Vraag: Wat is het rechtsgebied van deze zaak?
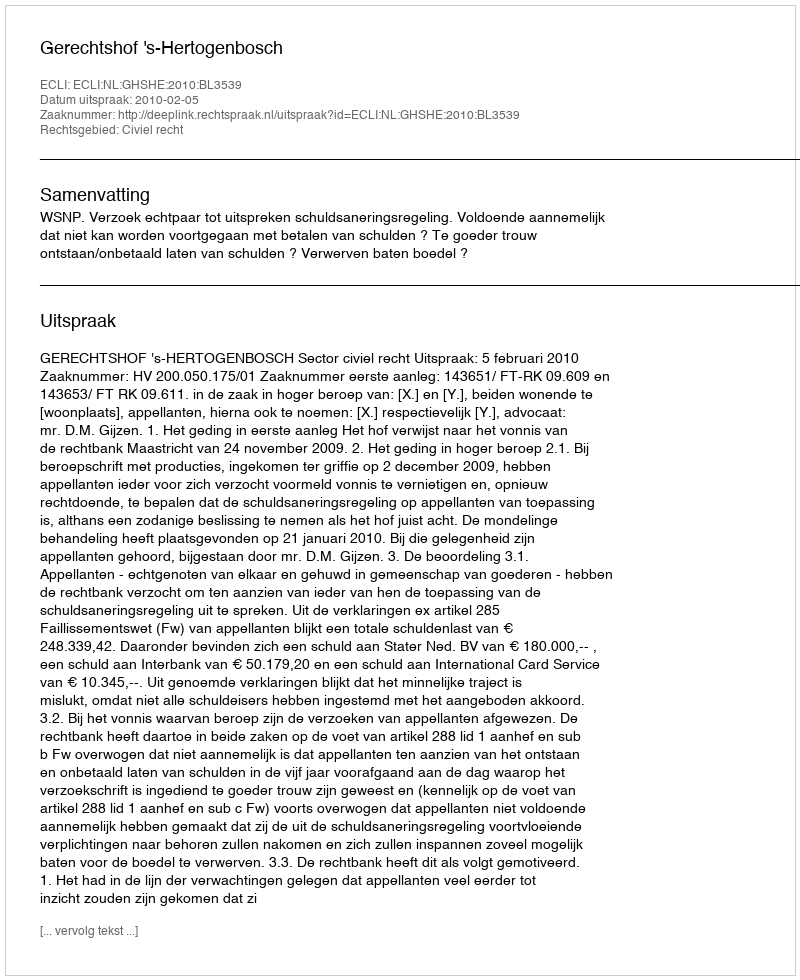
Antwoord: Civiel recht